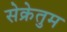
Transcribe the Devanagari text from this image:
सेक्रेतुम